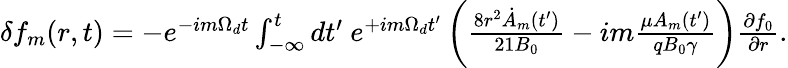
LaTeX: \begin{array}{r}{\delta f_{m}(r,t)=-e^{-im\Omega_{d}t}\int_{-\infty}^{t}dt^{\prime}\ e^{+im\Omega_{d}t^{\prime}}\left(\frac{8r^{2}\dot{A}_{m}(t^{\prime})}{21B_{0}}-im\frac{\mu A_{m}(t^{\prime})}{qB_{0}\gamma}\right)\frac{\partial f_{0}}{\partial r}.}\end{array}